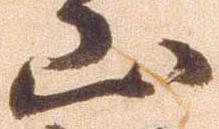
山